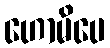
ဟောမိပေ